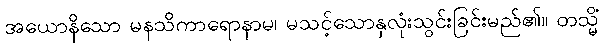
အယောနိသော မနသိကာရောနာမ၊ မသင့်သောနှလုံးသွင်းခြင်းမည်၏။ တသ္မိံ